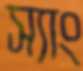
স্যাং